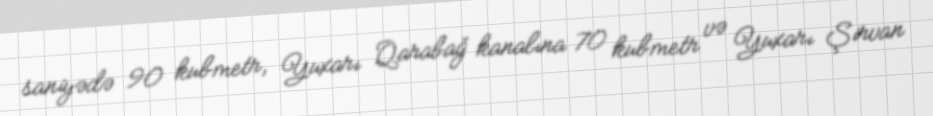
saniyədə 90 kubmetr, Yuxarı Qarabağ kanalına 70 kubmetr və Yuxarı Şirvan